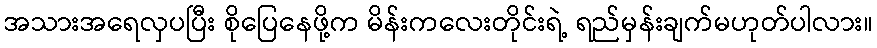
အသားအရေလှပပြီး စိုပြေနေဖို့က မိန်းကလေးတိုင်းရဲ့ ရည်မှန်းချက်မဟုတ်ပါလား။